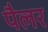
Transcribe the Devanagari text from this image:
पैलर